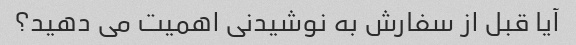
آیا قبل از سفارش به نوشیدنی اهمیت می دهید؟